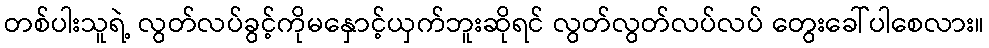
တစ်ပါးသူရဲ့ လွတ်လပ်ခွင့်ကိုမနှောင့်ယှက်ဘူးဆိုရင် လွတ်လွတ်လပ်လပ် တွေးခေါ်ပါစေလား။